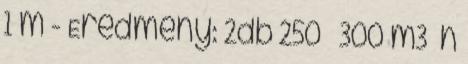
1 m - Eredmény: 2db 250 – 300 m3 h